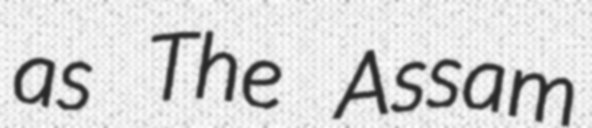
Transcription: as The Assam